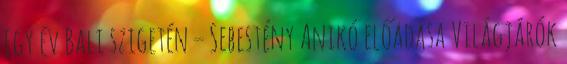
Egy év Bali szigetén – Sebestény Anikó előadása Világjárók